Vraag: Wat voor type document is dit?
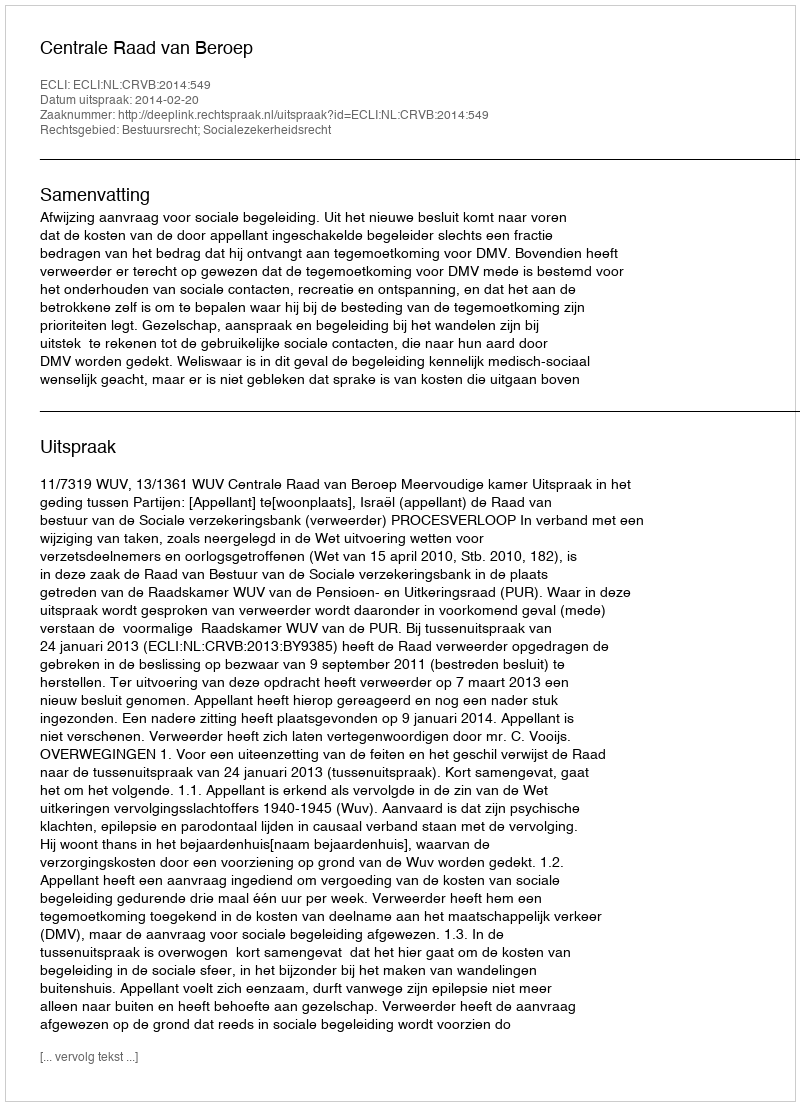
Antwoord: Uitspraak